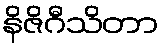
နိဇိဂီသိတာ